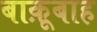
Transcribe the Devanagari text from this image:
बाक़ूबाह